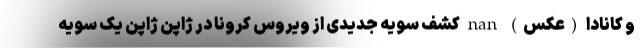
و کانادا (عکس) nan کشف سویه جدیدی از ویروس کرونا در ژاپن ژاپن یک سویه